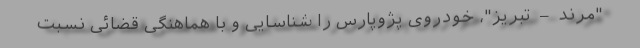
"مرند – تبریز"، خودروی پژوپارس را شناسایی و با هماهنگی قضائی نسبت